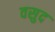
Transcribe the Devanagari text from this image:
वसुद